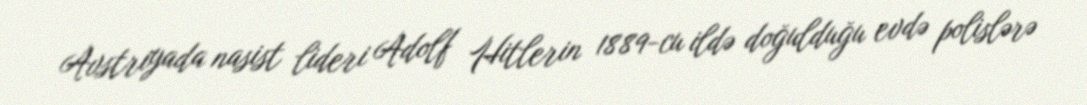
Avstriyada nasist lideri Adolf Hitlerin 1889-cu ildə doğulduğu evdə polislərə